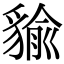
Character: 貐